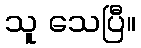
သူ သေပြီ။